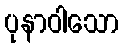
ပုနာဝါသော